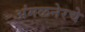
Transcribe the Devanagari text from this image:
अंमळनेरचे